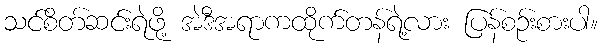
သင်စိတ်ဆင်းရဲဖို့ အဲဒီအရာကထိုက်တန်ရဲ့လား ပြန်စဉ်းစားပါ။